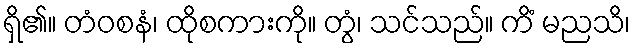
ရှိ၏။ တံဝစနံ၊ ထိုစကားကို။ တွံ၊ သင်သည်။ ကိံ မညသိ၊